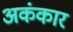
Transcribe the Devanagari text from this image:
अकंकार